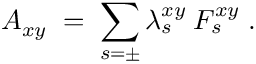
A _ { x y } \; = \; \sum _ { s = \pm } \lambda _ { s } ^ { x y } \: F _ { s } ^ { x y } \; .